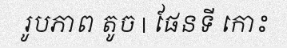
រូបភាព តូច | ផែនទី កោះ